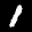
Label: 1